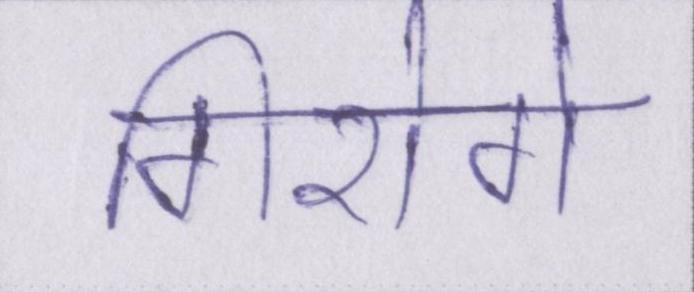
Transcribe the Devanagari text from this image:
गिरोगे